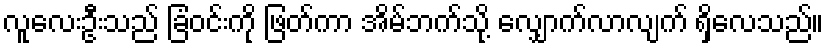
လူလေးဦးသည် ခြံဝင်းကို ဖြတ်ကာ အိမ်ဘက်သို့ လျှောက်လာလျက် ရှိလေသည်။